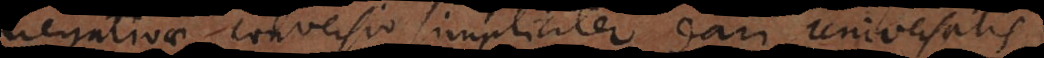
negativae conversio simpliciter dari universalis